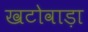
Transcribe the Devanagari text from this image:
खटोवाड़ा